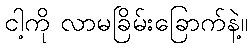
ငါ့ကို လာမခြိမ်းခြောက်နဲ့။